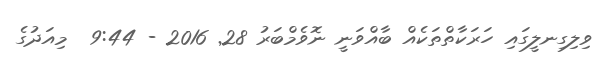
ވިލިގިނލީގައި ހަރަކާތްތަކެއް ބާއްވަނީ ނޮވެމްބަރު 28